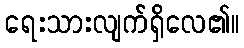
ရေးသားလျက်ရှိလေ၏။